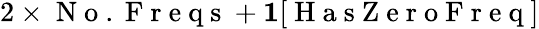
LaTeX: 2\times\mathrm{~N~o~.~F~r~e~q~s~}+\mathbf{1}[\mathrm{~H~a~s~Z~e~r~o~F~r~e~q~}]